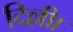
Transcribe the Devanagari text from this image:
दिल्लीा